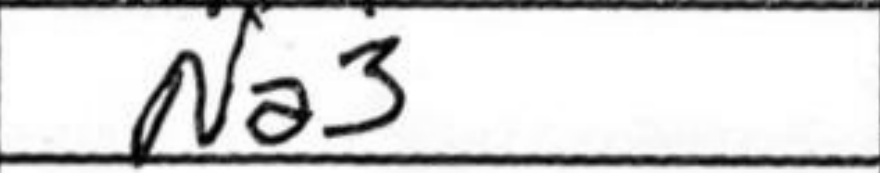
Transcription: Na3